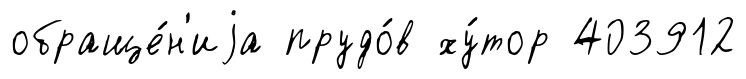
обраще́н'иjа прудо́в ху́тор 403912